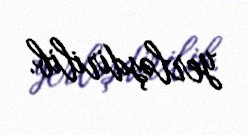
yerləşdirilib.